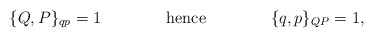
\begin{align*}\{ Q, P \}_{qp} = 1 \qquad\qquad \hbox{hence} \qquad\qquad\{ q, p \}_{QP} = 1,\end{align*}